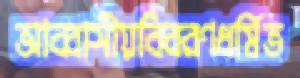
আব্বাসীয়বিবরণধর্মিত